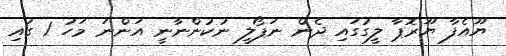
ޔޫއެފާ ޔޫރޮޕާ ލީގުގައި ދެން ނަޕޯލީ ނުކުންނާނީ އަންނަ މަހު 1 ގައި